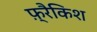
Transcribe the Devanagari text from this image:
फ़्रैकिश